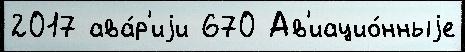
2017 ава́р'иjи 670 Ав'иацио́нныjе